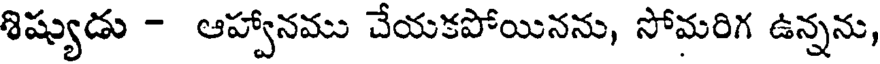
శిష్యుడు - ఆహ్వానము చేయకపోయినను, సోమరిగ ఉన్నను,